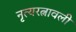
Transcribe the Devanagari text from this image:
नृत्यरत्नावली